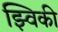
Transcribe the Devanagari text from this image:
झ्विकी